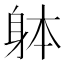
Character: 躰